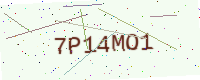
Text: 7P14MO1